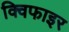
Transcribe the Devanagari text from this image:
क्विफाइर